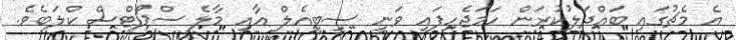
އެ މެޗުގައި ބައްދަލުކުރަން ހަމަޖެހިފައި ވަނީ ސީބީއެލް އާއި މާލެ ސްޕޯޓްސް ކްލަބެވެ.